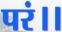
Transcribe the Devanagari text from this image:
परं।।